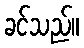
ခင်သည်။